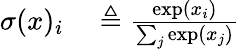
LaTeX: \begin{array}{rl}{\sigma(x)_{i}}&{{}\triangleq\frac{\exp(x_{i})}{\sum_{j}\exp(x_{j})}}\end{array}